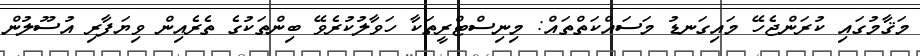
މަޤާމުގައި ކުރަންޖެހޭ މައިގަނޑު މަސައްކަތްތައް: މިނިސްޓްރީތަކާ ހަވާލުކުރެވޭ ބިންތަކުގެ ތެރެއިން ވިޔަފާރި އުސޫލުން